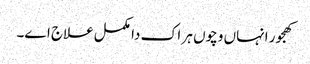
کھجور انہاں وچو‏ں ہر اک دا مکمل علاج ا‏‏ے۔